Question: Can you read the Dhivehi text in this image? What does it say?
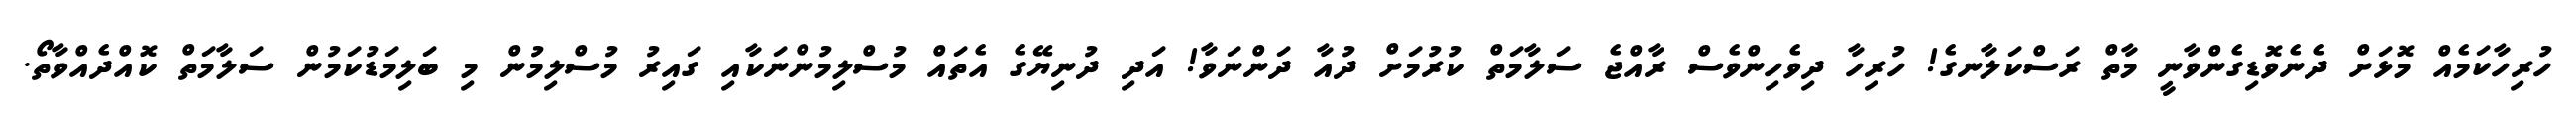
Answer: ހުރިހާކަމެއް މޮޅަށް ދެނެވޮޑިގެންވާނީ މާތް ރަސްކަލާނގެ! ހުރިހާ ދިވެހިންވެސް ރާއްޖެ ސަލާމަތް ކުރުމަށް ދުއާ ދަންނަވާ! އަދި ދުނިޔޭގެ އެތައް މުސްލިމުންނަކާއި ގައިރު މުސްލިމުން މި ބަލިމަޑުކަމުން ސަލާމަތް ކޮއްދެއްވާތޯ.